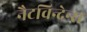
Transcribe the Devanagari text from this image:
नैटविन्देन्स